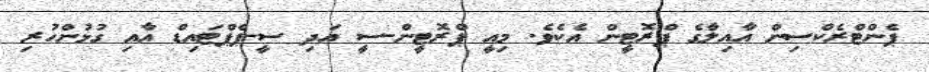
ޕެންޓްރެކްސިން އާއިލާގެ ޕްރޮޓީން އެކެވެ. މިއީ ޕްރޮޓީން-ސީ އަދި ސީ-ޕެޕްޓައިޑް އާއި ގުޅުންހުރި